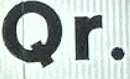
Qr.